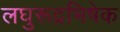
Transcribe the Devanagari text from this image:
लघुरूद्रभिषेक